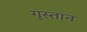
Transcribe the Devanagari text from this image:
गुस्तान